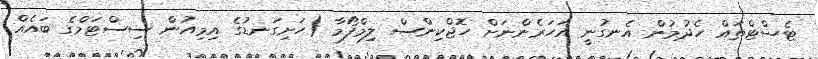
ޓެސްޓްތައް ހެދުމުން އެނގުނީ އަހަރެންނަށް ހޮޖްކިންސް ލިމްފޯމާ (ހަށިގަނޑުގެ އިމިއުން ސިސްޓަމްގެ ބައެއް